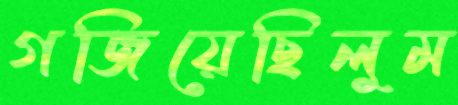
গজিয়েছিলুম